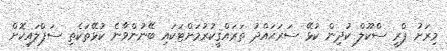
މިރަށު ޕްރީ ސްކޫލް ކުދިން ކުޅޭ ސަރަޙައްދު ތަރައްޤީކުރުމަށްޓަކައި ބޭނުންވާނެ ކުޅޭތަކެތި ސަޕްލައިކޮށް